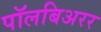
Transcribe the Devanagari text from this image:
पॉलबिअरर